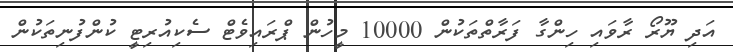
އަދި ޔޫރޯ ރާވައި ހިންގާ ފަރާތްތަކުން 10000 މީހުން ޕްރައިވެޓް ސެކިއުރިޓީ ކުންފުނިތަކުން